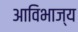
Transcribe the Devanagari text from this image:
आविभाज्य